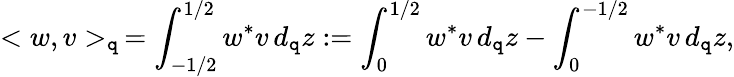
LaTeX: <w,v>_{\mathtt{q}}\, =\int_{-1/2}^{1/2}w^{*}v\, d_{\mathtt{q}}z:=\int_{0}^{1/2}w^{*}v\, d_{\mathtt{q}}z-\int_{0}^{-1/2}w^{*}v\, d_{\mathtt{q}}z,